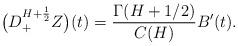
LaTeX: \begin{align*} \big( D^{H + \frac{1}{2}}_{+} Z\big)(t) & = \frac{\Gamma(H + 1/2)}{C(H)} B'(t).\end{align*}